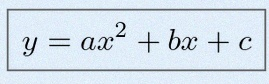
y=ax^2+bx+c